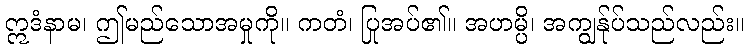
ဣဒံနာမ၊ ဤမည်သောအမှုကို။ ကတံ၊ ပြုအပ်၏။ အဟမ္ပိ၊ အကျွန်ုပ်သည်လည်း။